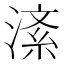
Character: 𪶸